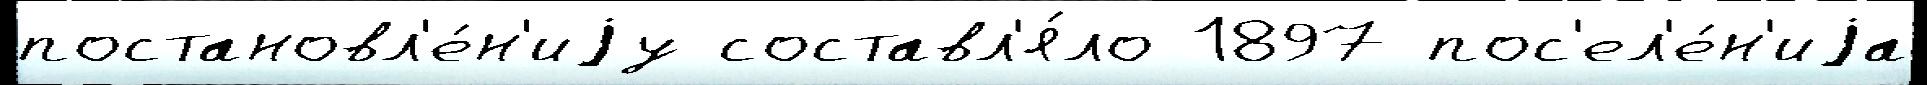
постановл'е́н'иjу составл'я́ло 1897 пос'ел'е́н'иjа